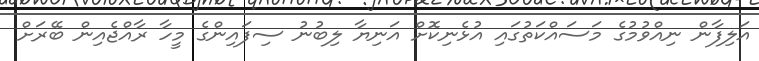
އަލިފާން ނިއްވުމުގެ މަސައްކަތުގައި އުޅެނިކޮށް އަނިޔާ ލިބުނު ސިފައިންގެ މީހާ ރާއްޖެއިން ބޭރަށް